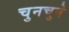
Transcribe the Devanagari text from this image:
चुनचुने